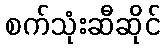
စက်သုံးဆီဆိုင်